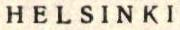
HELSINKI